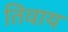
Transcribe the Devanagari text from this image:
तिवाय